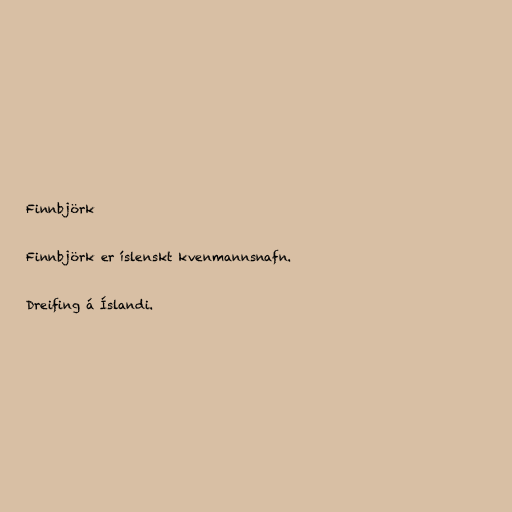
Finnbjörk

Finnbjörk er íslenskt kvenmannsnafn.

Dreifing á Íslandi.